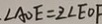
\angle A O E = 2 \angle E O F